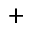
^ +